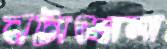
নটাখোলা